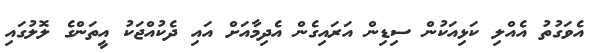
އެވަގުތު އެއްލި ކަޅިއަކުން ސިޑިން އަރައިގެން އެދިމާއަށް އައި ދެކުއްޖަކު އީތަންގެ ލޮލުގައި